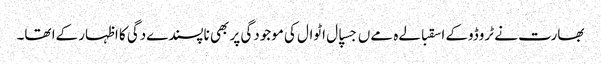
بھارت نے ٹروڈوکے اسقبالےہ مےں جسپال اٹوال کی موجودگی پر بھی ناپسندےدگی کا اظہار کےا تھا۔